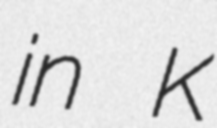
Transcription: in K